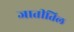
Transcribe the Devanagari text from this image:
जातीतिल